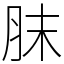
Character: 䏞